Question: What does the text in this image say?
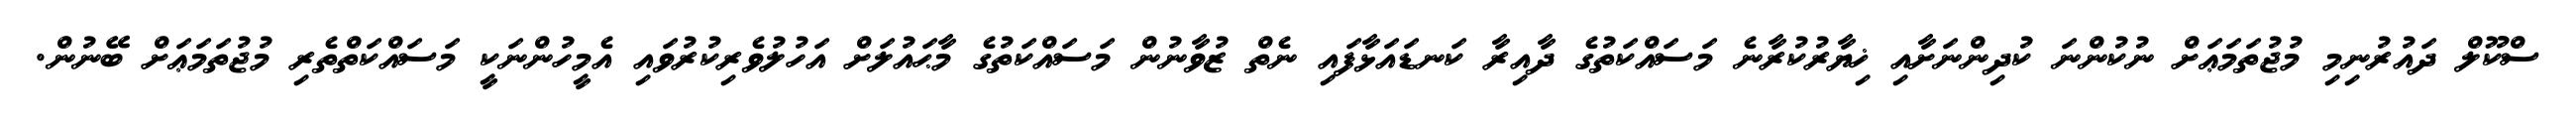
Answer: ސްކޫލް ދައުރުނިމި މުޖުތަމަޢަށް ނުކުންނަ ކުދިންނަށާއި ޚިޔާރުކުރާނެ މަސައްކަތުގެ ދާއިރާ ކަނޑައަޅާފައި ނެތް ޒުވާނުން މަސައްކަތުގެ މާޙައުލަށް އަހުލުވެރިކުރުވައި އެމީހުންނަކީ މަސައްކަތްތެރި މުޖުތަމަޢަށް ބޭނުން.